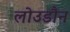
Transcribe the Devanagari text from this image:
लोउडौन